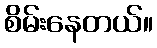
စိမ်းနေတယ်။